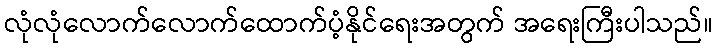
လုံလုံလောက်လောက်ထောက်ပံ့နိုင်ရေးအတွက် အရေးကြီးပါသည်။